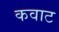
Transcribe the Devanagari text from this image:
कवाट